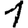
Digit: 1